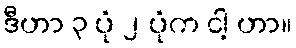
ဒီဟာ ၃ ပုံ ၂ ပုံက ငါ့ ဟာ။